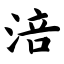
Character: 涪